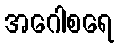
အဂေါစရေ